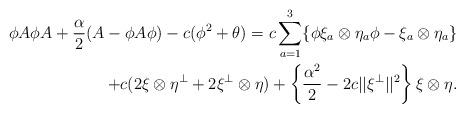
LaTeX: \begin{align*}\phi A\phi A+\frac\alpha 2(A-\phi A\phi)-c(\phi^2+\theta)=c\sum^3_{a=1}\{\phi\xi_a\otimes\eta_a\phi-\xi_a\otimes\eta_a\} \\+c(2\xi\otimes\eta^\perp+2\xi^\perp\otimes\eta)+\left\{\frac{\alpha^2}2-2c||\xi^\perp||^2\right\}\xi\otimes\eta.\end{align*}